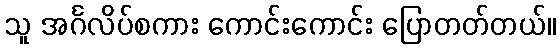
သူ အင်္ဂလိပ်စကား ကောင်းကောင်း ပြောတတ်တယ်။